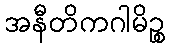
အနီတိကဂါမိဉ္စ